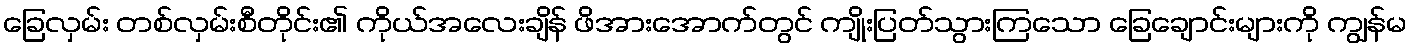
ခြေလှမ်း တစ်လှမ်းစီတိုင်း၏ ကိုယ်အလေးချိန် ဖိအားအောက်တွင် ကျိုးပြတ်သွားကြသော ခြေချောင်းများကို ကျွန်မ